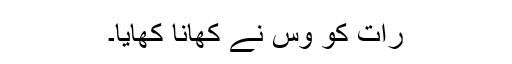
رات کو وِس نے کھانا کھایا۔